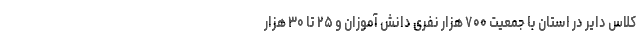
کلاس دایر در استان با جمعیت ۷۰۰ هزار نفری دانش آموزان و ۲۵ تا ۳۰ هزار